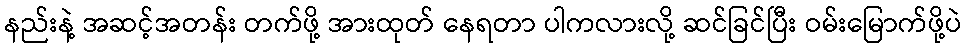
နည်းနဲ့ အဆင့်အတန်း တက်ဖို့ အားထုတ် နေရတာ ပါကလားလို့ ဆင်ခြင်ပြီး ဝမ်းမြောက်ဖို့ပဲ